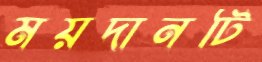
ময়দানটি